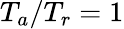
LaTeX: T_{a}/T_{r}=1